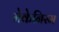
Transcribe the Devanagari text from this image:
मेकेनिस्म